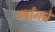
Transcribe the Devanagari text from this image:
वर्षांमधे